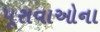
પૂરાવાઓના